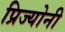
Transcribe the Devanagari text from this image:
प्रिज्योनी